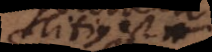
Titius est